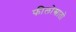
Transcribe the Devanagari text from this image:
फीलोस्त्रातो